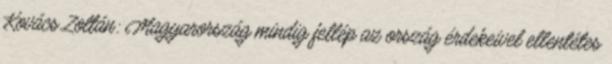
Kovács Zoltán: Magyarország mindig fellép az ország érdekeivel ellentétes